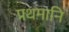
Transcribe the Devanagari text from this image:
प्रथमानि